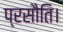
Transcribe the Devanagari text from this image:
प्रसौति।